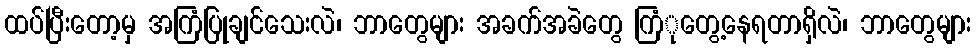
ထပ်ပြီးတော့မှ အကြံပြုချင်သေးလဲ၊ ဘာတွေများ အခက်အခဲတွေ ကြံုတွေ့နေရတာရှိလဲ၊ ဘာတွေများ